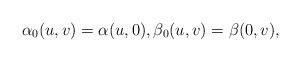
LaTeX: \begin{align*} \alpha_0(u,v)=\alpha(u,0),\beta_0(u,v)=\beta(0,v),\end{align*}